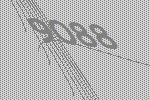
9088